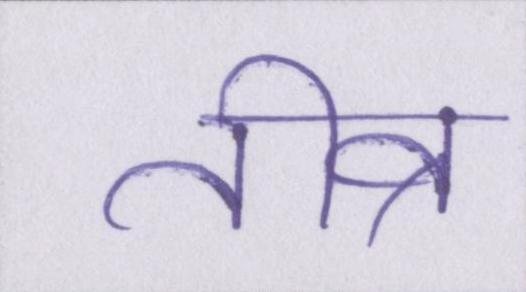
तीव्र